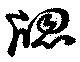
窓